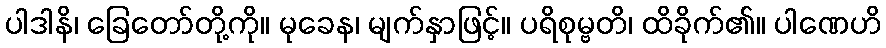
ပါဒါနိ၊ ခြေတော်တို့ကို။ မုခေန၊ မျက်နှာဖြင့်။ ပရိစုမ္ဗတိ၊ ထိခိုက်၏။ ပါဏေဟိ